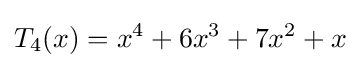
T_{4}(x)=x^{4}+6x^{3}+7x^{2}+x